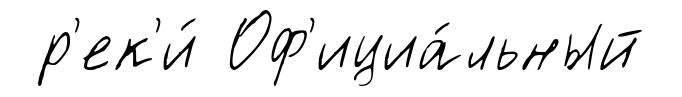
р'ек'и́ Оф'ициа́льный